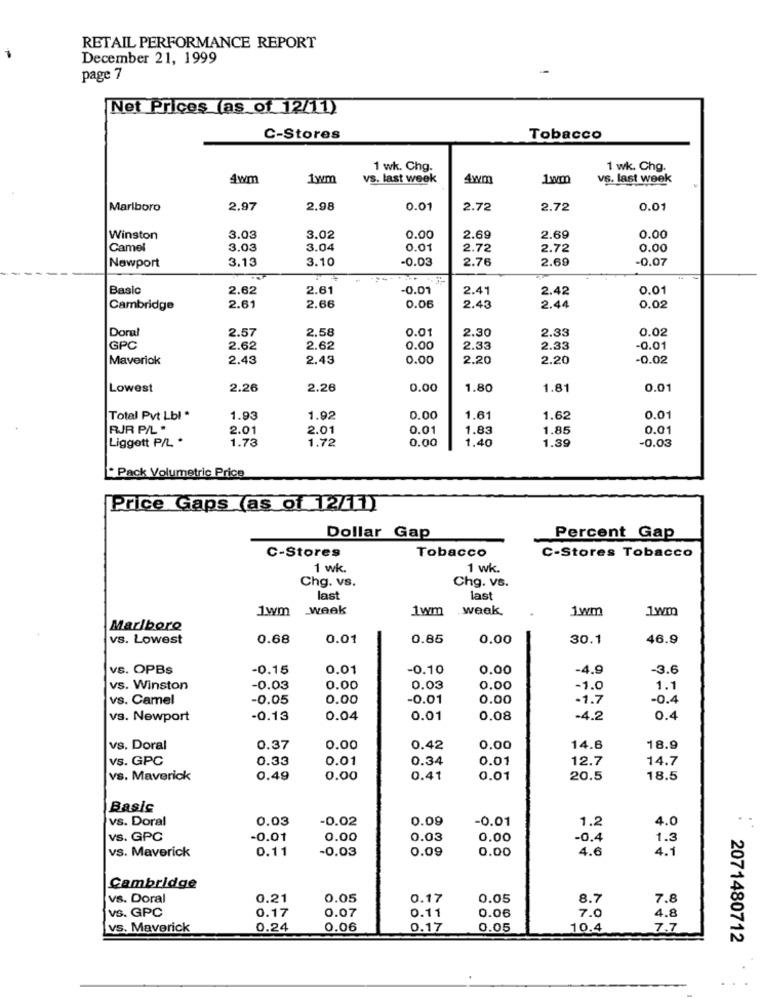
RETAIL PERFORMANCE REPORT
December 21, 1999
page 7
Net Prices (as of 12/11)
C-Stores
Tobacco
1 wk. Chg.
1 wk. Chg.
4wm
1wm
vs. last week
4wm
1w₥
vs. last week
Marlboro
2.97
2.98
0.01
2.72
2.72
0.01
Winston
3.03
3.02
0.00
2.69
2.69
0.00
Camel
3.03
3.04
0.01
2.72
2.72
0.00
3.13
3.10
-0.03
2.76
2.69
-0.07
Newport
Basic
2.62
2.61
-0.01
2.41
2.42
0.01
Cambridge
2.61
2.66
0.06
2.43
2.44
0,02
Doral
2.57
2.58
0.01
2.30
2.33
0.02
GPC
2.62
2.62
0.00
2.33
2.33
-0.01
Maverick
2.43
2.43
0.00
2.20
2.20
-0.02
Lowest
2.26
2.26
0.00
1.80
1.81
0.01
Total Pvt Lbl .
1.93
1.92
0.00
1.61
1.62
0.01
RJR P/L *
2.01
2.01
0.01
1,83
1.85
0.01
Liggett P/L *
1.73
1.72
0.00
1,40
1.39
-0.03
* Pack Volumetric Price
Price Gaps (as of 12/11)
Dollar Gap
Percent Gap
C-Stores
Tobacco
C-Stores Tobacco
1 wk.
1 wk.
Chg. vs.
Chg. vs.
last
last
1wm week
1wm
week
1wm
1wm
Marlboro
vs. Lowest
0.68
0.01
0.85
0.00
30.1
46.9
vs. OPBs
-0.15
0.01
-0.10
0.00
-4.9
-3.6
vs. Winston
-0.03
0.00
0.03
0.00
-1.0
1.1
vs. Camel
-0.05
0.00
-0.01
0.00
-1.7
-0.4
vs. Newport
-0.13
0.04
0.01
0.08
-4.2
0.4
vs. Doral
0.37
0.00
0.42
0.00
14.6
18.9
vs. GPC
0.33
0.01
0.34
0.01
12.7
14.7
vs. Maverick
0.49
0.00
0.41
0.01
20.5
18.5
Basic
vs. Doral
0.03
-0.02
0.09
-0.01
1.2
4.0
vs. GPC
-0.01
0.00
0.03
0.00
-0.4
1.3
vs. Maverick
0.11
-0.03
0.09
0.00
4.6
4.1
Cambridge
vs. Doral
0.21
0.05
0.17
0.05
8.7
7.8
vS. GPC
0.07
0.17
0.11
0.06
7.0
4.8
vs. Maverick
0.24
0.06
0.17
0.05
10.4
7.7
2071480712